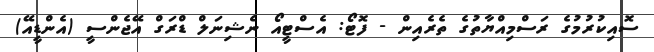
ސޮއިކުރުމުގެ ރަސްމިއްޔާތުގެ ތެރެއިން - ފޮޓޯ: އެސްޓީއޯ ނެޝިނަލް ޑްރަގް އޭޖެންސީ (އެންޑީއޭ)